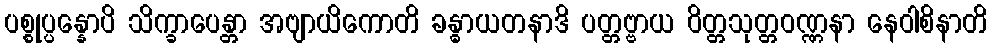
ပစ္စုပ္ပန္နောပိ သိက္ခာပေန္တာ အဗျာယိကောတိ ခန္ဓာယတနာဒိ ပတ္တဗ္ဗာယ ဝိတ္တသုတ္တဝဏ္ဏနာ နေဝါစိနာတိ